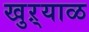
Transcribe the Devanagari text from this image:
खुऱ्याळ